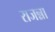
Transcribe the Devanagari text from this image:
राजन्ना